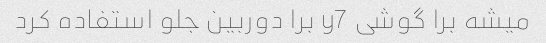
میشه برا گوشی y7 برا دوربین جلو استفاده کرد